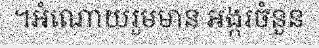
។អំណោយរួមមាន អង្ករចំនួន